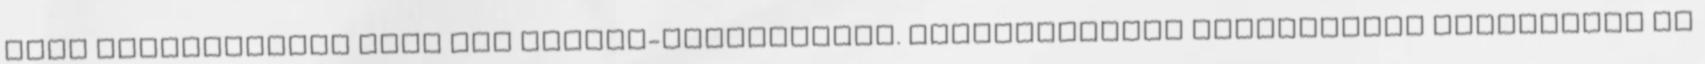
majd bemásolhatja őket más Office-programokba. Képolvasással kapcsolatos segítséget az